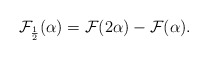
\begin{align*}{\cal F}_{\frac{1}{2}}(\alpha) ={\cal F}(2\alpha)-{\cal F}(\alpha).\end{align*}